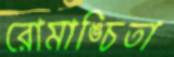
রোমাঙ্চিতা